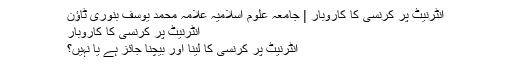
انٹرنیٹ پر کرنسی کا کاروبار | جامعہ علوم اسلامیہ علامہ محمد یوسف بنوری ٹاؤن
انٹرنیٹ پر کرنسی کا کاروبار
انٹرنیٹ پر کرنسی کا لینا اور بیچنا جائز ہے یا نہیں؟